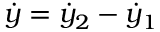
\dot { y } = \dot { y } _ { 2 } - \dot { y } _ { 1 }